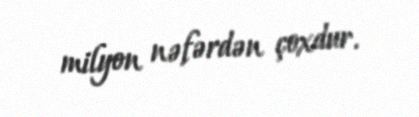
milyon nəfərdən çoxdur.